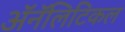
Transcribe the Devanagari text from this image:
ॲनॅलिटिकल